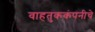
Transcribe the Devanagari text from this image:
वाहतुककंपनीचे